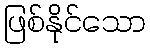
ဖြစ်နိုင်သော